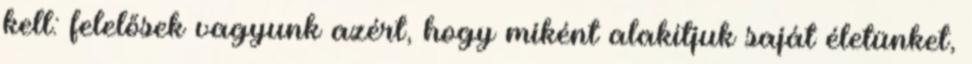
kell: felelősek vagyunk azért, hogy miként alakítjuk saját életünket,